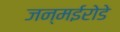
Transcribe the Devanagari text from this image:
जन्मईरोडे